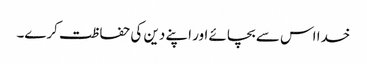
خدا اس سے بچائے اور اپنے دین کی حفاظت کرے۔